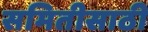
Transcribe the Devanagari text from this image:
समितीसाठी